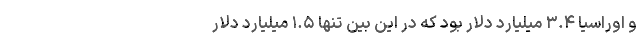
و اوراسیا ۳.۴ میلیارد دلار بود که در این بین تنها ۱.۵ میلیارد دلار